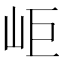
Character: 岠